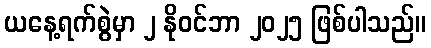
ယနေ့ရက်စွဲမှာ ၂ နိုဝင်ဘာ ၂၀၂၅ ဖြစ်ပါသည်။